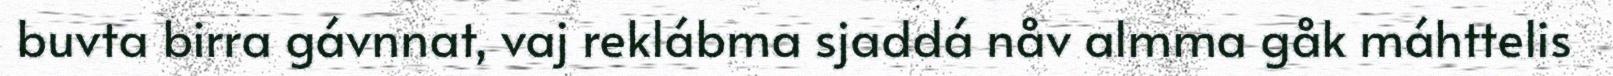
buvta birra gávnnat, vaj reklábma sjaddá nåv almma gåk máhttelis